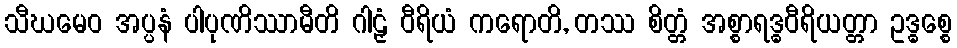
သီဃမေဝ အပ္ပနံ ပါပုဏိဿာမီတိ ဂါဠှံ ဝီရိယံ ကရောတိ, တဿ စိတ္တံ အစ္စာရဒ္ဓဝီရိယတ္တာ ဥဒ္ဓစ္စေ